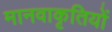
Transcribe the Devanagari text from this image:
मानवाकृतियों